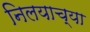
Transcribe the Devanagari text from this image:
निलयाच्या